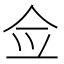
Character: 佥